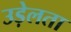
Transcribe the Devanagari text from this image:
उड़ेलता